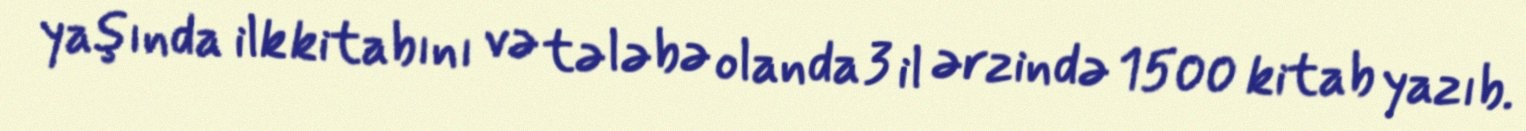
yaşında ilk kitabını və tələbə olanda 3 il ərzində 1500 kitab yazıb.